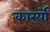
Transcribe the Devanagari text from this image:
कार्र्यों